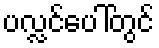
ပလ္လင်ပေါ်တွင်